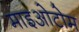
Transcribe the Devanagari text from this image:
माइओटोम